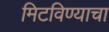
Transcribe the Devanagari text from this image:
मिटविण्याचा